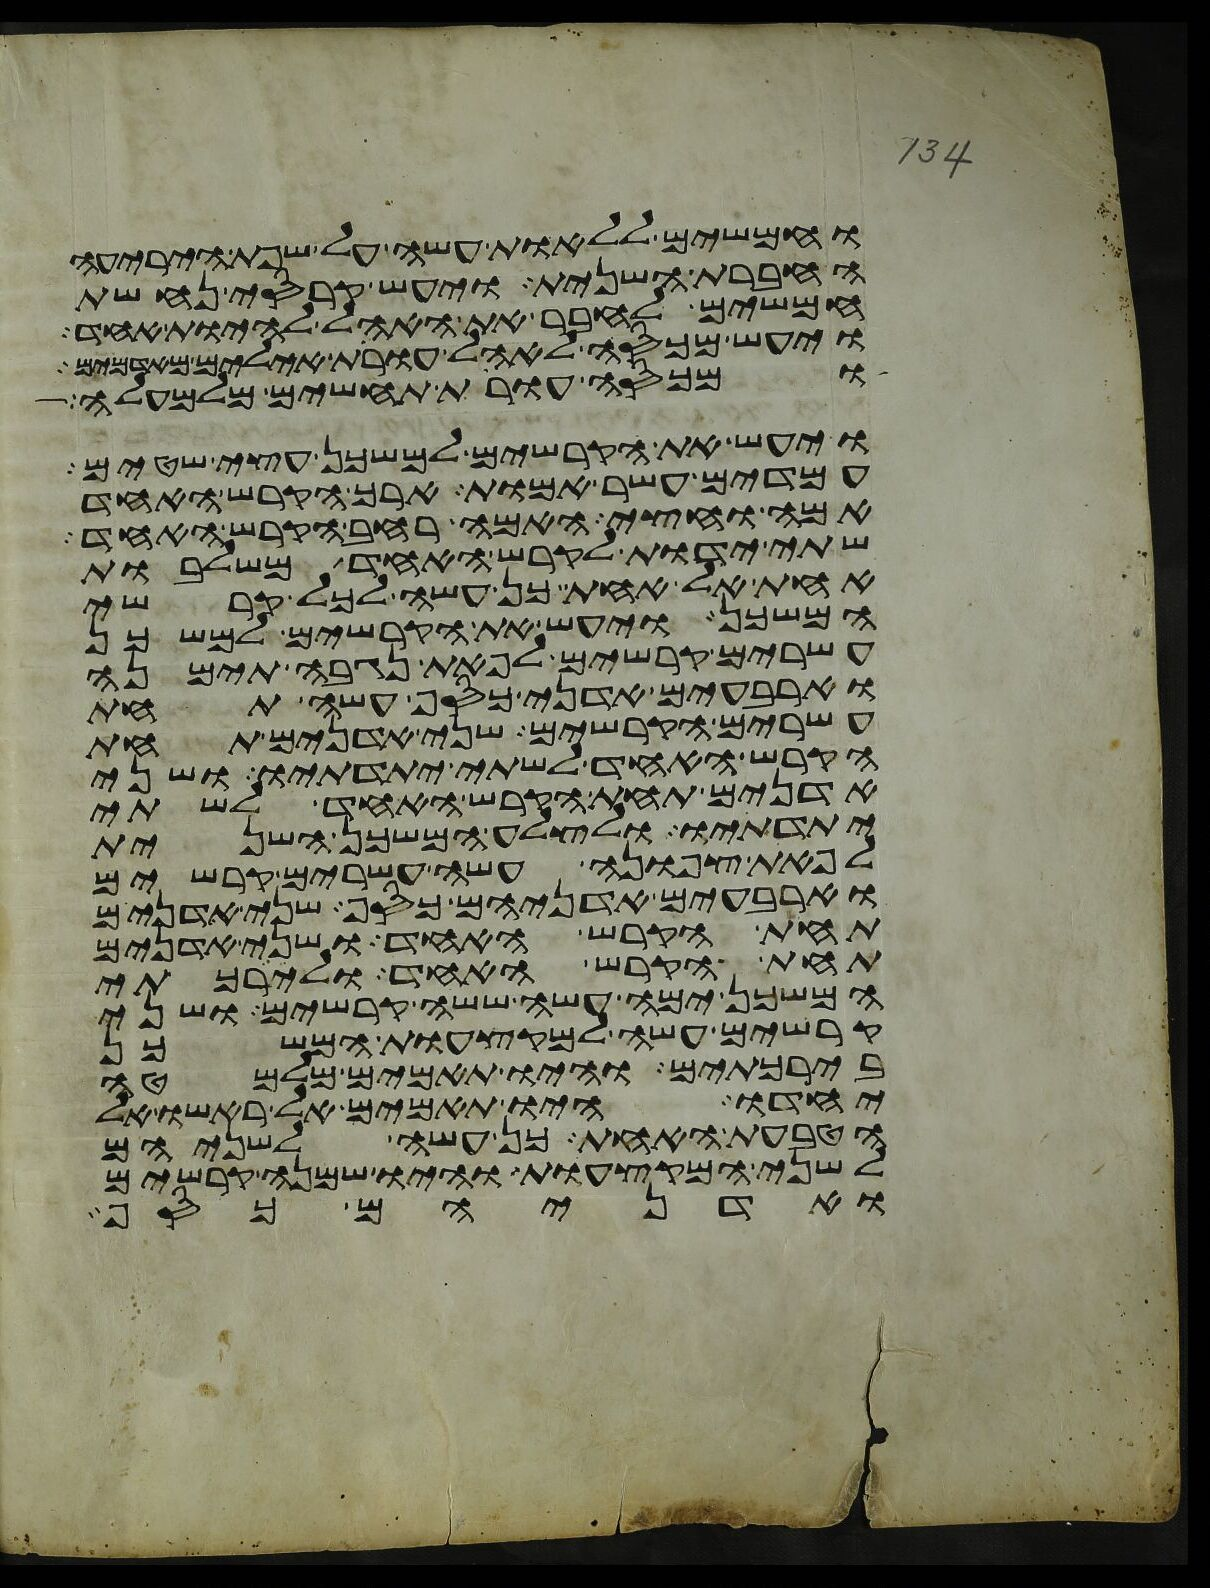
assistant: וחמשים ללאות עשה על שפת היריעה
החברת השנית ויעש קרסי נחשת
חמשים לחבר את האהל להיות אחד
ויעש מכסה לאהל עורת אילים מאדמים
ומכסה עורת תחשים מלמעלה
ויעש את הקרשים למשכן עצי שטים
עמדים עשר אמות ארך הקרש האחד
אמה וחצי האמה רחב הקרש האחד
שתי ידות לקרש האחד משלבות
אחת אל אחת כן עשה לכל קרשי
המשכן ויעש את הקרשים למשכן
עשרים קרשים לפאת נגבה תימנה
וארבעים אדני כסף עשה תחת
עשרים הקרשים שני אדנים תחת
הקרש האחד לשתי יתדתיו ושני
אדנים תחת הקרש האחד לשתי
יתדתיו ולצלע המשכן השנית
לפאת צפונה עשה עשרים קרשים
וארבעים אדניהם כסף שני אדנים
תחת הקרש האחד ושני אדנים
תחת הקרש האחד ולירכתי
המשכן ימה עשה ששה קרשים ושני
קרשים עשה למקצעות המשכן
בירכתים והיו תאמים מלמטה
יחדו היו תאמים אל ראשו אל
הטבעת האחת כן עשה לשניהם
לשני המקצעות והיו שמנה קרשים
ואדניהם כסף